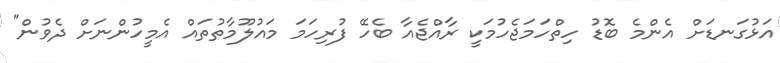
އަޅުގަނޑަށް އެންމެ ބޮޑު ހިތްހަމަޖެހުމަކީ ރާއްޖެއާ ބެހޭ ފުރިހަމަ މައުލޫމާތުތައް އެމީހުންނަށް ދެވުން"